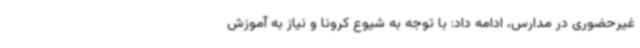
غیرحضوری در مدارس، ادامه داد: با توجه به شیوع کرونا و نیاز به آموزش